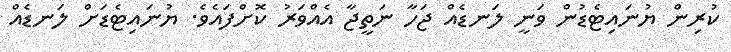
ކުރިން ޔުނައިޓެޑުން ވަނީ ލަނޑެއް ޖަހާ ނަތީޖާ އެއްވަރު ކޮށްފައެވެ. ޔުނައިޓެޑަށް ލަނޑެއް